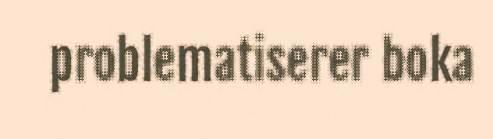
problematiserer boka